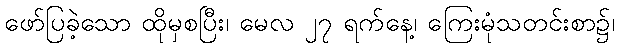
ဖော်ပြခဲ့သော ထိုမှစပြီး၊ မေလ ၂၇ ရက်နေ့၊ ကြေးမုံသတင်းစာ၌၊